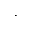
\cdot